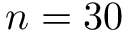
n = 3 0